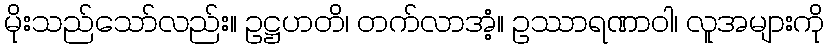
မိုးသည်သော်လည်း။ ဥဋ္ဌဟတိ၊ တက်လာအံ့။ ဥဿာရဏာဝါ၊ လူအများကို